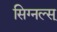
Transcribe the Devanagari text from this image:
सिग्नल्स्